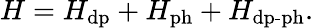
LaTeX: H=H_{\mathrm{dp}}+H_{\mathrm{ph}}+H_{\mathrm{dp}\textrm{-}\mathrm{ph}}.